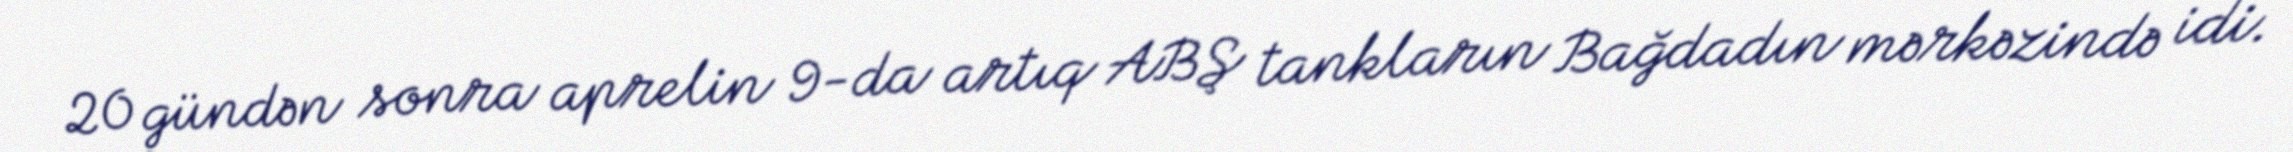
20 gündən sonra aprelin 9-da artıq ABŞ tankların Bağdadın mərkəzində idi.